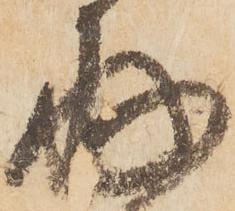
存